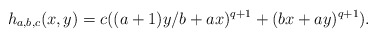
\begin{align*}h_{a,b,c}(x,y) = c ((a+1)y/b + ax)^{q+1} + (bx + ay)^{q+1}).\end{align*}